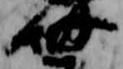
世